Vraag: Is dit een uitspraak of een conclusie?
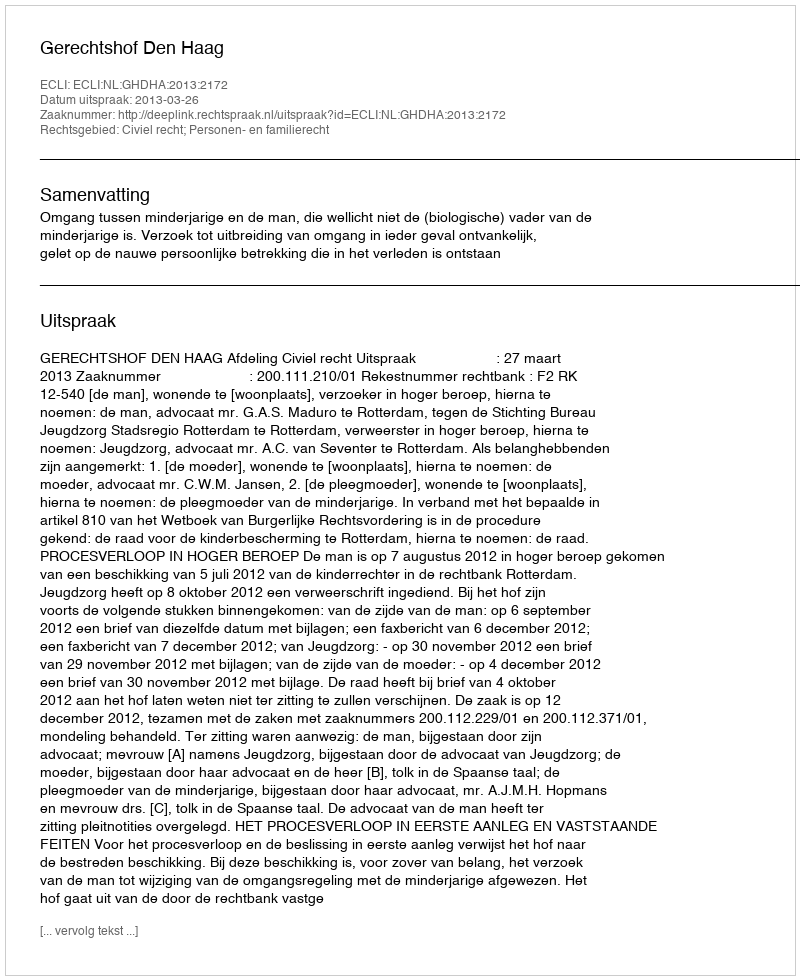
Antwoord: Uitspraak